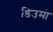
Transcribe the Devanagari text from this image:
डिउमा